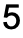
5